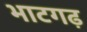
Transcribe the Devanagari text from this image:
भाटगढ़